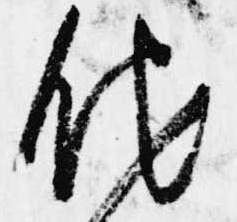
他